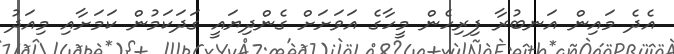
އެދެ މައިން އަނބުރާ ފިރިހެން މީހާގެ އަވަށަށް ގެންދިޔައީ ގަދަކަމުން ކަމަށާއި މިއަދު